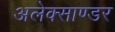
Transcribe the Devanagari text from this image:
अलेक्साण्डर